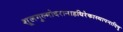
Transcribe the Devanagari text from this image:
शूलगुल्मोदरानाहधिरेकास्थापनादिषु